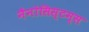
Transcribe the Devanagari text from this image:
नैनोसिस्टम्स